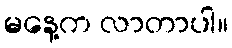
မနေ့က လာတာပါ။